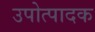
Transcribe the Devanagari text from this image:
उपोत्पादक